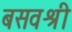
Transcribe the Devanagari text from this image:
बसवश्री